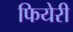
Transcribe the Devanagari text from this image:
फियेरी